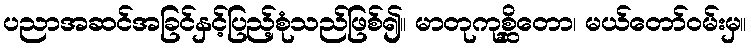
ပညာအဆင်အခြင်နှင့်ပြည့်စုံသည်ဖြစ်၍။ မာတုကုစ္ဆိတော၊ မယ်တော်ဝမ်းမှ။